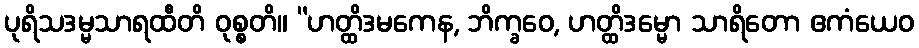
ပုရိသဒမ္မသာရထီတိ ဝုစ္စတိ။ “ဟတ္ထိဒမကေန, ဘိက္ခဝေ, ဟတ္ထိဒမ္မော သာရိတော ဧကံယေဝ